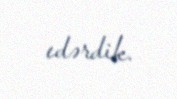
edərdik.